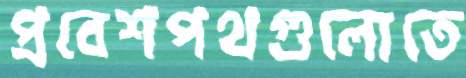
প্রবেশপথগুলোতে